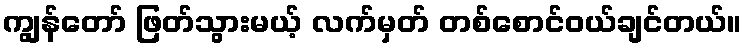
ကျွန်တော် ဖြတ်သွားမယ့် လက်မှတ် တစ်စောင်ဝယ်ချင်တယ်။